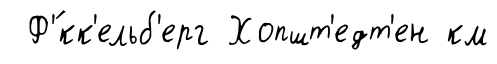
Ф'́кк'ельб'ерг Хопшт'едт'ен км